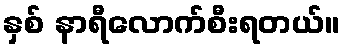
နှစ် နာရီလောက်စီးရတယ်။